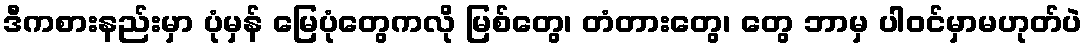
ဒီကစားနည်းမှာ ပုံမှန် မြေပုံတွေကလို မြစ်တွေ၊ တံတားတွေ၊ တွေ ဘာမှ ပါဝင်မှာမဟုတ်ပဲ